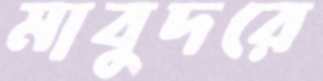
মাবুদরে